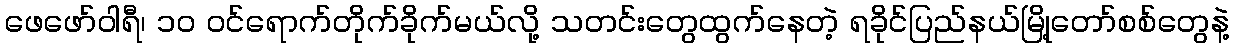
ဖေဖော်ဝါရီ၊ ၁၀ ဝင်ရောက်တိုက်ခိုက်မယ်လို့ သတင်းတွေထွက်နေတဲ့ ရခိုင်ပြည်နယ်မြို့တော်စစ်တွေနဲ့